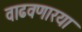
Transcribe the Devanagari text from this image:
वाढवणारया